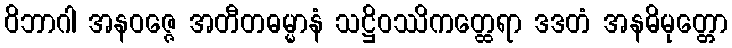
ဝိဘာဂါ အနဝဇ္ဇေ အတီတဓမ္မာနံ သဋ္ဌိဝဿိကတ္ထေရာ ဒဒတံ အနဓိမုတ္တော